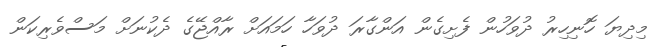
މިދިޔަ ހޮނިހިރު ދުވަހުން ފެށިގެން އަންގާރަ ދުވަހާ ހަމައަށް ރާއްޖޭގެ ދެކުނަށް މަސްވެރިކަން